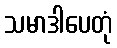
သမာဒါပေတုံ